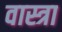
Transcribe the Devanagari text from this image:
वास्त्रा